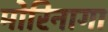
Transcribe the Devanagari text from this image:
मोरिनागा